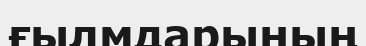
ғылмдарының